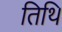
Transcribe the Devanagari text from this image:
तिथि